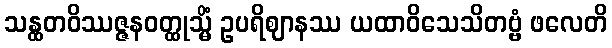
သန္ထတဝိဿဇ္ဇနဝတ္ထုသ္မိံ ဥပရိဈာနဿ ယထာဝိသေသိတဗ္ဗံ ဖလေတိ